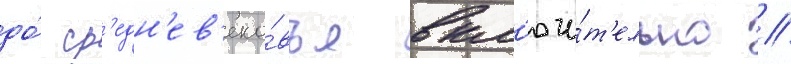
до́ ср'едн'ев'еко́вья вкл'ючи́т'ельно //